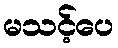
မသင့်ပေ